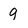
Character: g